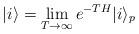
LaTeX: \begin{align*}|i\rangle = \lim_{T \rightarrow \infty} e^{-TH} |i\rangle_p\end{align*}